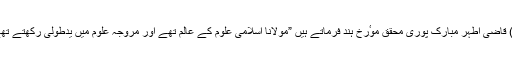
(۱) قاضی اطہر مبارک پوری محقق موٴرّخِ ہند فرماتے ہیں ”مولانا اسلامی علوم کے عالم تھے اور مروجہ علوم میں یدطولیٰ رکھتے تھے۔